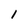
Character: l